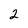
Character: 2